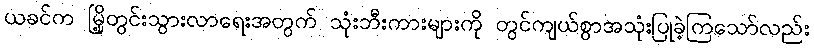
ယခင်က မြို့တွင်းသွားလာရေးအတွက် သုံးဘီးကားများကို တွင်ကျယ်စွာအသုံးပြုခဲ့ကြသော်လည်း